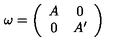
\omega = \left( \begin{array} { c c } { A } & { 0 } \\ { 0 } & { A ^ { \prime } } \\ \end{array} \right)